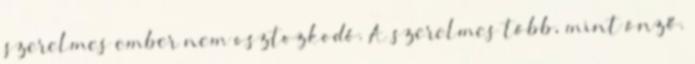
szerelmes ember nem osztozkodó. A szerelmes több, mint önző.